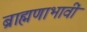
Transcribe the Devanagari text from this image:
ब्राह्मणाभावीं